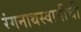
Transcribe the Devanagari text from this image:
रंगनाथस्वामींची